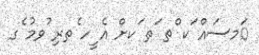
ަމސައް ަކ ްތ ަތ ަކށް އެ ީހ ެތރި ުވމު ެގ